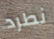
نطرد